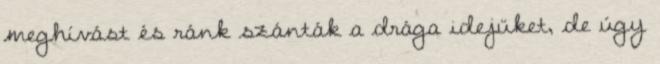
meghívást és ránk szánták a drága idejüket, de úgy